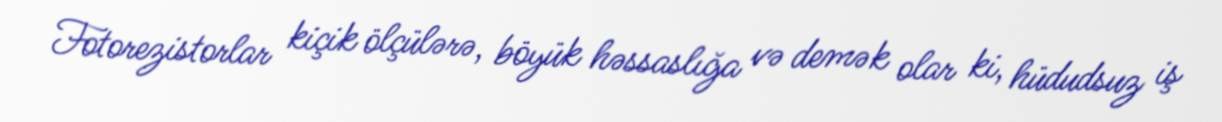
Fotorezistorlar kiçik ölçülərə, böyük həssaslığa və demək olar ki, hüdudsuz iş